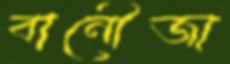
বানৌজা